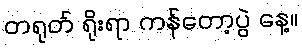
တရုတ် ရိုးရာ ကန်တော့ပွဲ နေ့။